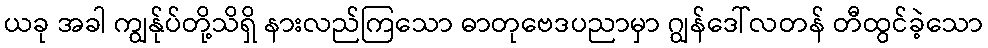
ယခု အခါ ကျွန်ုပ်တို့သိရှိ နားလည်ကြသော ဓာတုဗေဒပညာမှာ ဂျွန်ဒေါ်လတန် တီထွင်ခဲ့သော